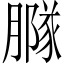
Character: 𦠵